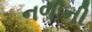
નળીની